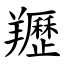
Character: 䍽